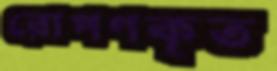
রোপণকৃত